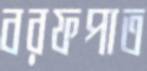
বরফপাত